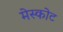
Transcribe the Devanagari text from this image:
मेस्कोट